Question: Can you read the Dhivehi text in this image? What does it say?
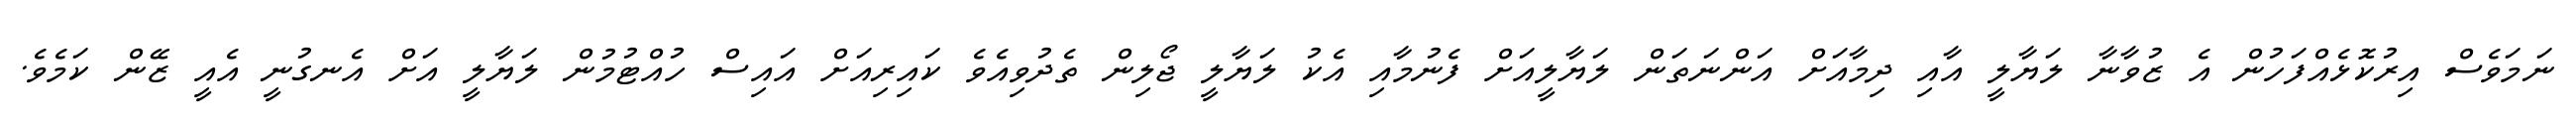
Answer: ނަމަވެސް އިރުކޮޅެއްފަހުން އެ ޒުވާނާ ލަޔާލީ އާއި ދިމާއަށް އަންނަތަން ލަޔާލީއަށް ފެނުމާއި އެކު ލަޔާލީ ޖޯލިން ތެދުވިއެވެ ކައިރިއަށް އައިސް ހުއްޓުމުން ލަޔާލީ އަށް އެނގުނީ އެއީ ޒޭން ކަމެވެ.